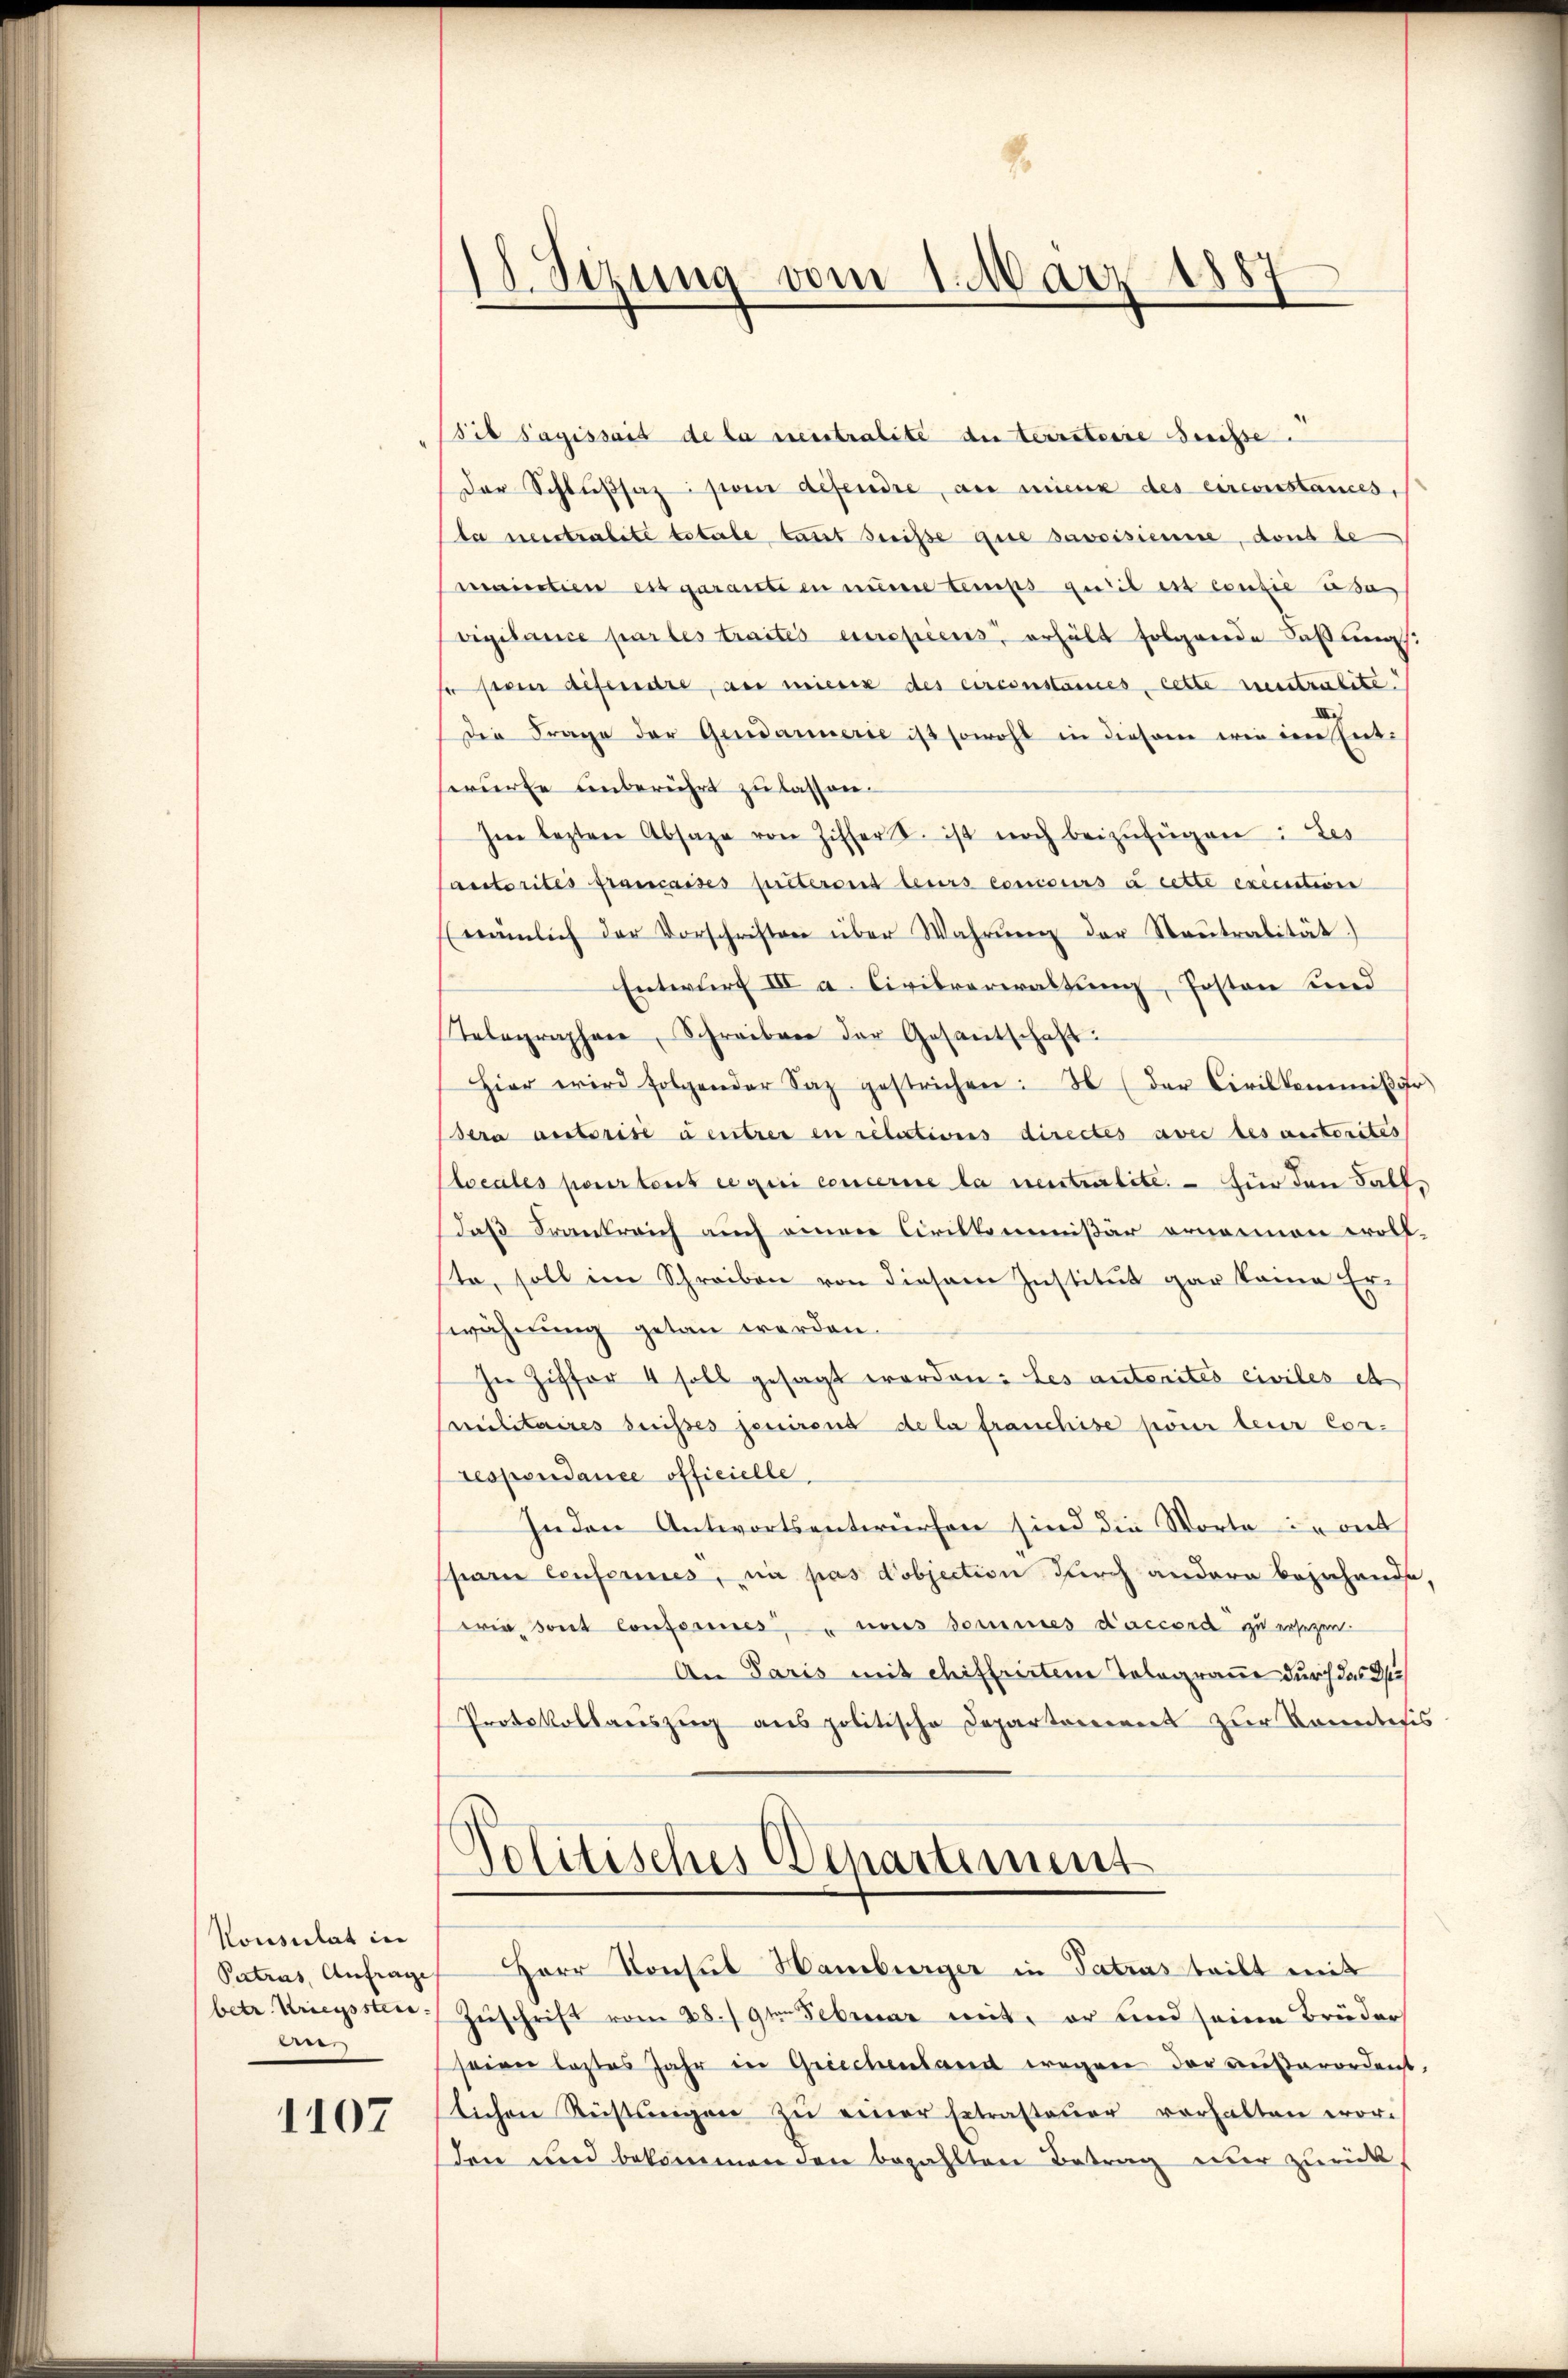
Konsulat in
dee

1107

/d. Sirung vom 1. März 1887

sib sagissait de la meintralite den terraterie denisse.
der Schlußsaz pour défendre, au mieux des circonstances,
ba neintralite toterbe tant seise die savoisienne, dons be
maintien es garanti en nime temps qu’il est contie usa
vigilance par les traités enspicus, erhält folgende Faßung.
se sein gefandre, an missig des circonstances, cette mentrichte.
Die Frage der Gendarmerie ist sowohl in diesem wie im Ent-
serurte unberührt zu lassen.
Im lezten Absage von Ziffer d. ist noch beizufügen: Les
Cautorites francaises prêteront leurs concours à cette execution
(nämlich der Vorschriften über Wahrŭng der Steŭtralität)
Entwurf III a Civilverwaltung, Posten und
Telegraphen, Schreiben der Gesantschaft:
Hier wird folgender Saz gestrichen: I (der Civilkammiβor
Sera aestorise entrer in relationis directes avec des anstorités
locales pour tout ce qui concerne la neutralite. — Für den Falldaß Frankreich auch einen Critkommißär ornamen woll-
ste, soll im Schreiben von diesem Institut gar keine Erwähnung getan werden.
In Ziffer 4 soll gesagt worden: Les autorités civiles et
Militaires heisses jenirend de la franchise pour leur Correspondance officielle,
jnden Antwortsentwurfen sind die Worte in ent
spar conferies, ni pas objection durch andern bejahende,
wie sont Conferines aus Sommes d’accord zu ersezen.
An Paris mit chifferirten Telegraue durch das d
Protokollauszug aus politische Departement zur konntesis
Politisches Departement
Patros, Anfrage Herr Konsul Hamburger in Tatras teilt mit
betr. Kriegssten Zŭschrift vom 28./9ten Februar mit, er und seine Brüder
seiner lastes Jahr in Griechenland wegen der außerordent,
lichen Rüstungen zŭ einer Extrasteŭer verhalten wor-
den und bekommen den bezahlten Betrag nur zurück